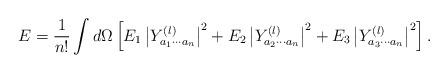
LaTeX: \begin{align*}E = {1 \over n!} \int d\Omega \left[ E_1 \left| Y^{(l)}_{a_1 \cdots a_n} \right|^2 + E_2 \left| Y^{(l)}_{a_2 \cdots a_n} \right|^2 + E_3 \left| Y^{(l)}_{a_3 \cdots a_n} \right|^2 \right].\end{align*}